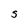
Character: S